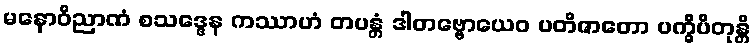
မနောဝိညာဏံ စသဒ္ဒေန ကဿာဟံ တပန္တံ ဒါတဗ္ဗောယေဝ ပတိဇာတော ပက္ခိပိတုန္တိ